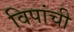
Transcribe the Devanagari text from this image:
विपांची